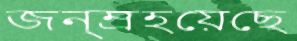
জন্ম্রহয়েছে